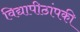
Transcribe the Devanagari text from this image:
विद्यापीठांपकी